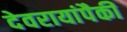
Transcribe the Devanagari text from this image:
देवरायांपैकी